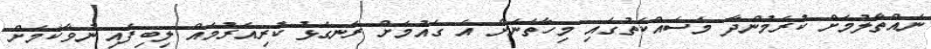
ނައްތާލުމަށް ކުރަމުންދާ މަސައްކަތުގައި މިހާތަނަށް އެ ގައުމަށް ރަނގަޅު ކުރިއެރުމެއް ލިބިފައި ނުވާކަމަށް